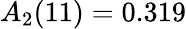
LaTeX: A_{2}(11)=0.319